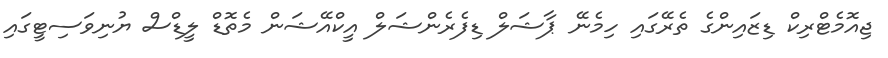
ޖިއޮމެޓްރިކް ޑިޒައިންގެ ތެރޭގައި ހިމެނޭ ޕާޝަލް ޑިފެރެންޝަލް އީކްއޭޝަން މެތޮޑް ލީޑްސް ޔުނިވަސިޓީގައި